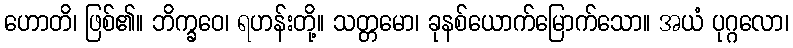
ဟောတိ၊ ဖြစ်၏။ ဘိက္ခဝေ၊ ရဟန်းတို့။ သတ္တမော၊ ခုနစ်ယောက်မြောက်သော။ အယံ ပုဂ္ဂလော၊